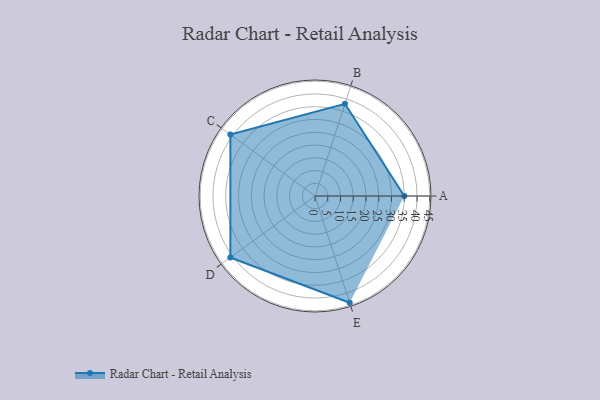
{"axis": {"x": "Skill", "y": "Score"}, "legend": ["Profile"], "data": [{"x": "A", "y": 35.0, "type": "Profile"}, {"x": "B", "y": 38.0, "type": "Profile"}, {"x": "C", "y": 41.0, "type": "Profile"}, {"x": "D", "y": 41.0, "type": "Profile"}, {"x": "E", "y": 44.0, "type": "Profile"}]}